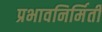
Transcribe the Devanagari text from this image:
प्रभावनिर्मिती